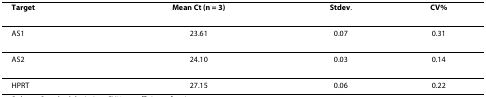
<table><thead><tr><td><b>Target</b></td><td><b>Mean Ct (n = 3)</b></td><td><b>Stdev.</b></td><td><b>CV%</b></td></tr></thead><tbody><tr><td>AS1</td><td>23.61</td><td>0.07</td><td>0.31</td></tr><tr><td>AS2</td><td>24.10</td><td>0.03</td><td>0.14</td></tr><tr><td>HPRT</td><td>27.15</td><td>0.06</td><td>0.22</td></tr></tbody></table>